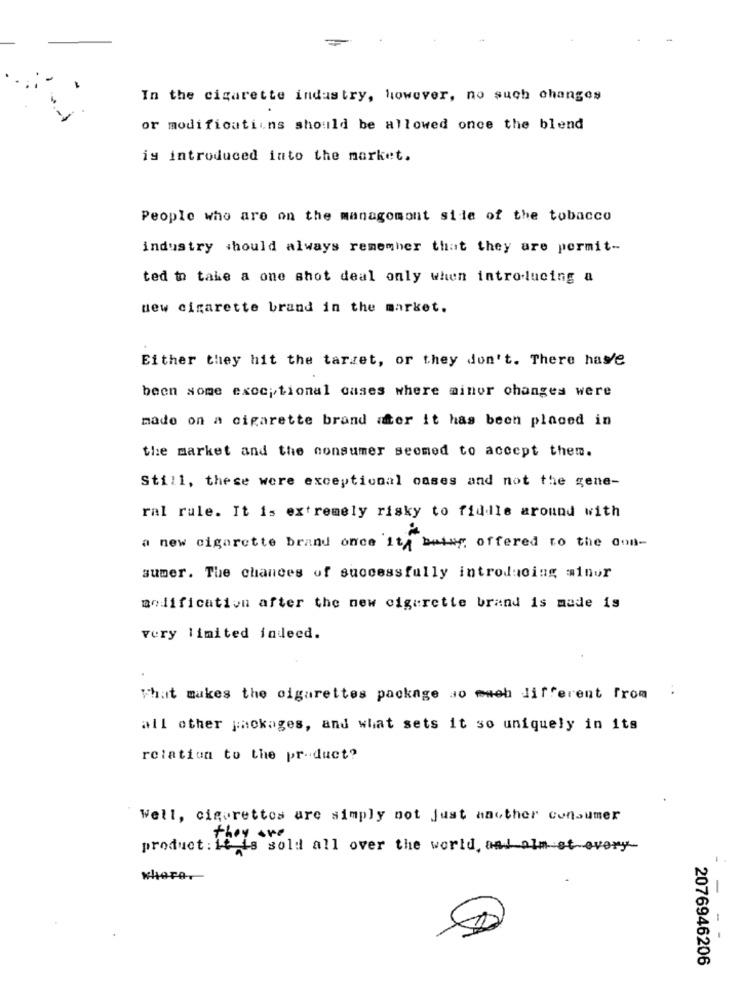
In the cigarette industry, however, no such changes
or modifications should be allowed once the blend
is introduced into the market.
People who are on the managomont side of the tobacco
industry should always remember that they are pormit-
ted to take a one shot deal only when introducing a
new cigarette brand in the market.
Either they hit the tarzet, or they don't. There has'e
been some exceptional cases where minor changes were
made on a cigarette brand after it has been placed in
the market and the consumer seemed to accept them.
Still, these were exceptional cases and not the gene-
ral rule. It is extremely risky to fiddle around with
a new cigarette brand once it being offered to the con-
sumer. The chances of successfully introducing sinur
modification after the new cigarette brand is made is
very limited indeed.
That makes the cigarettes package ao mweh different from
all other packages, and what sets it so uniquely in its
relation to the product?
Well, cigarettes are simply not just another consumer
they are
product : it is sold all over the world, and olm at every
-
-
2076946206